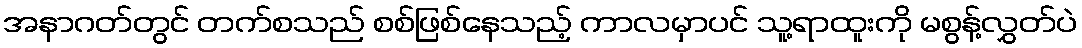
အနာဂတ်တွင် တက်စသည် စစ်ဖြစ်နေသည့် ကာလမှာပင် သူ့ရာထူးကို မစွန့်လွှတ်ပဲ